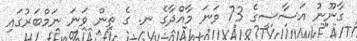
ގާނޫނު އަސާސީގެ 73 ވަނަ މާއްދާގެ ނ. ގެ ތިން ވަނަ ނަމްބަރުގައި